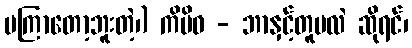
မကြာတော့ဘူးတဲ့၊) ကိမိဝ - ဘာနှင့်တူမလဲ ဆိုရင်၊